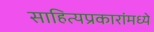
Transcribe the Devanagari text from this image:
साहित्यप्रकारांमध्ये